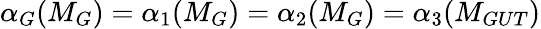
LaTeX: \alpha_{G}(M_{G})=\alpha_{1}(M_{G})=\alpha_{2}(M_{G})=\alpha_{3}(M_{GUT})